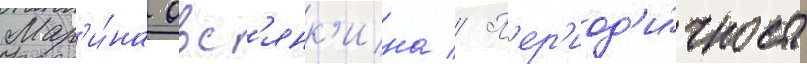
Мар'и́на овс'янк'ина // П'ер'иод'и́чность